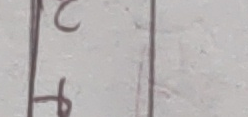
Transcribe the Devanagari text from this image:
२५